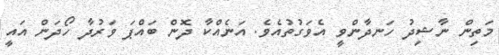
މަތިން ނާޝިދު ހަނދާންވީ އެވަގުތުއެވެ. އަނެއްކާ ދޮން ބައްޕަ ވަރުދާ ހޯދަން އައީ